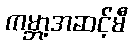
ကမ္ဘာ့အဆင့်မီ